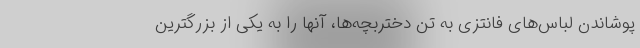
پوشاندن لباس‌های فانتزی به تن دختربچه‌ها، آنها را به یکی از بزرگترین